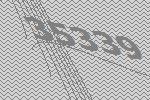
35339